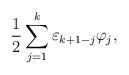
LaTeX: \begin{gather*}{1\over 2}\sum_{j=1}^{k}\varepsilon_{k+1-j}\varphi_j,\end{gather*}